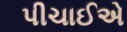
પીચાઈએ